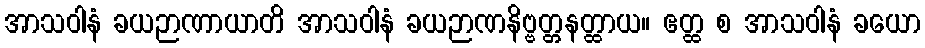
အာသဝါနံ ခယဉာဏာယာတိ အာသဝါနံ ခယဉာဏနိဗ္ဗတ္တနတ္ထာယ။ ဧတ္ထ စ အာသဝါနံ ခယော